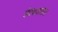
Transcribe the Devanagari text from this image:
वेद्यकशास्त्रात